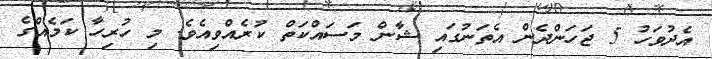
އެދުވަހު 5 ޖަހަންދެން އެތަނުގައި ޝާން މަސައްކަތް ކުރެއްވިއެވެ. މި ހުރިހާ ކަމެއްގެ